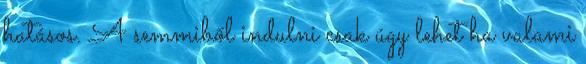
hatásos. A semmiből indulni csak úgy lehet ha valami